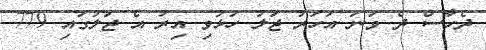
ދެހާސް ދެ ވަނަ އަހަރު ޖަލު ހުޅުވި އިރު އެ ޖަލުގައި 779